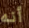
أنه